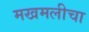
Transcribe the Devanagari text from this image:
मखमलीचा